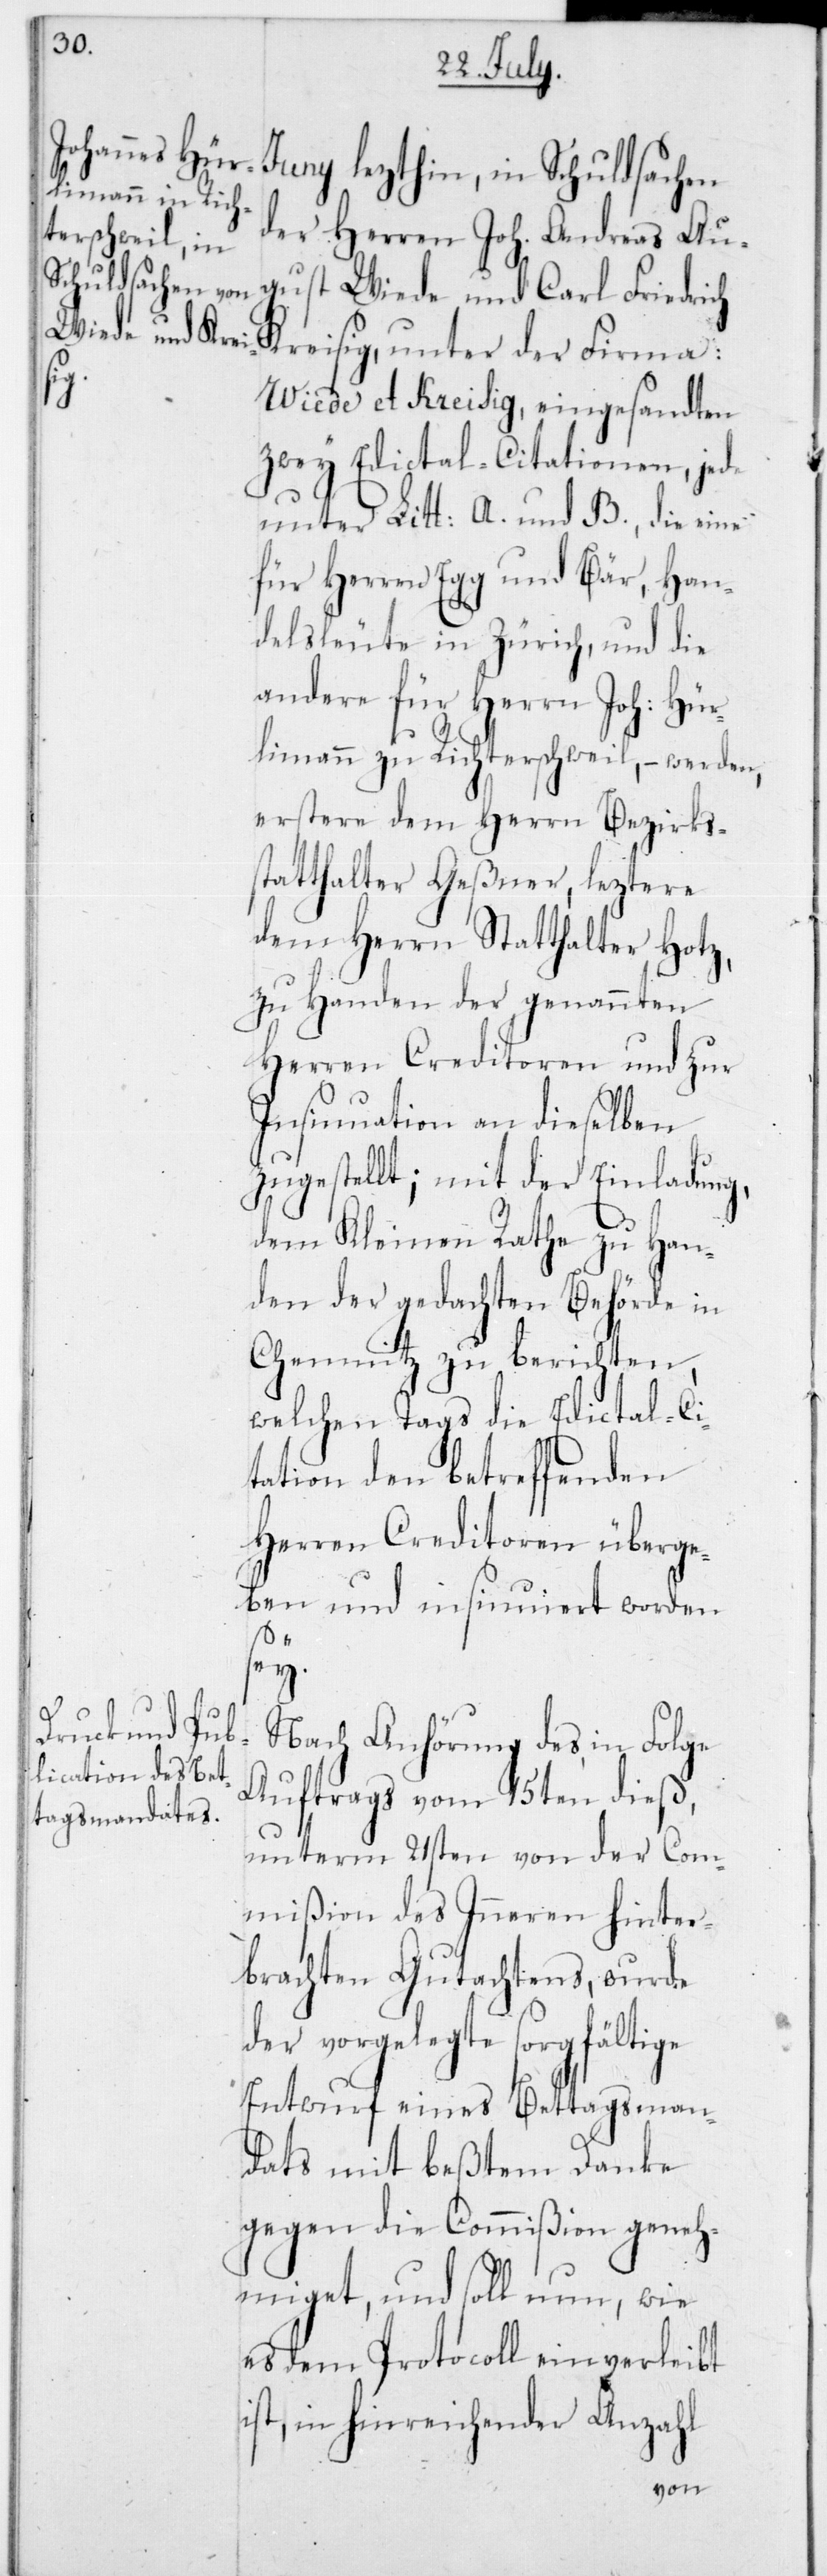
Juny lezthin, in Schuldsachen
der Herren Joh. Andreas Au¬
gust Wiede und Carl Friedrich
Kreisig, unter der Firma
Wiede et Kreisig, eingesandten
zwey Edictal-Citationen, jede
unter Litt. A und B, die eine
für Herren Egg und Bär, Han¬
delsleute in Zürich, und die
andere für Herrn Joh. Hür¬
limann zu Richterschweil, – werden,
erstere dem Herrn Bezirks¬
statthalter Geßner, leztere
dem Herrn Statthalter Hotz,
zu Handen der genannten
Herren Creditoren und zur
Insinuation an dieselben
zugestellt; mit der Einladung,
dem Kleinen Rathe zu Han¬
den der gedachten Behörde in
Chemniz zu berichten,
welchen Tags die Edictal-Ci¬
tation den betreffenden
Herren Creditoren überge¬
ben und insinuiert worden
sey.
Nach Anhörung des in Folge
Auftrags vom 15ten dieß,
unterm 21sten von der Com¬
mißion des Inneren hinter¬
brachten Gutachtens, wurde
der vorgelegte sorgfältige
Entwurf eines Bettagsman¬
dats mit beßtem Danke
gegen die Commißion geneh¬
miget, und soll nun, wie
es dem Protocoll einverleibt
ist, in hinreichender Anzahl